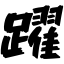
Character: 躍